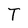
Character: T